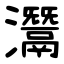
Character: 灊